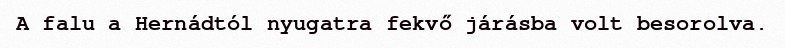
A falu a Hernádtól nyugatra fekvő járásba volt besorolva.